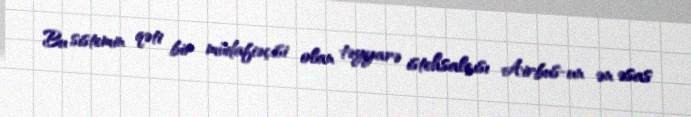
Bu sistemin qəti bir müdafiəçisi olan təyyarə istehsalçısı Airbus-un ən əsas